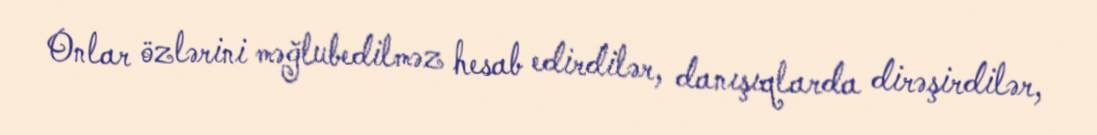
Onlar özlərini məğlubedilməz hesab edirdilər, danışıqlarda dirəşirdilər,